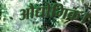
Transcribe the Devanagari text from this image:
औद्योगिक।